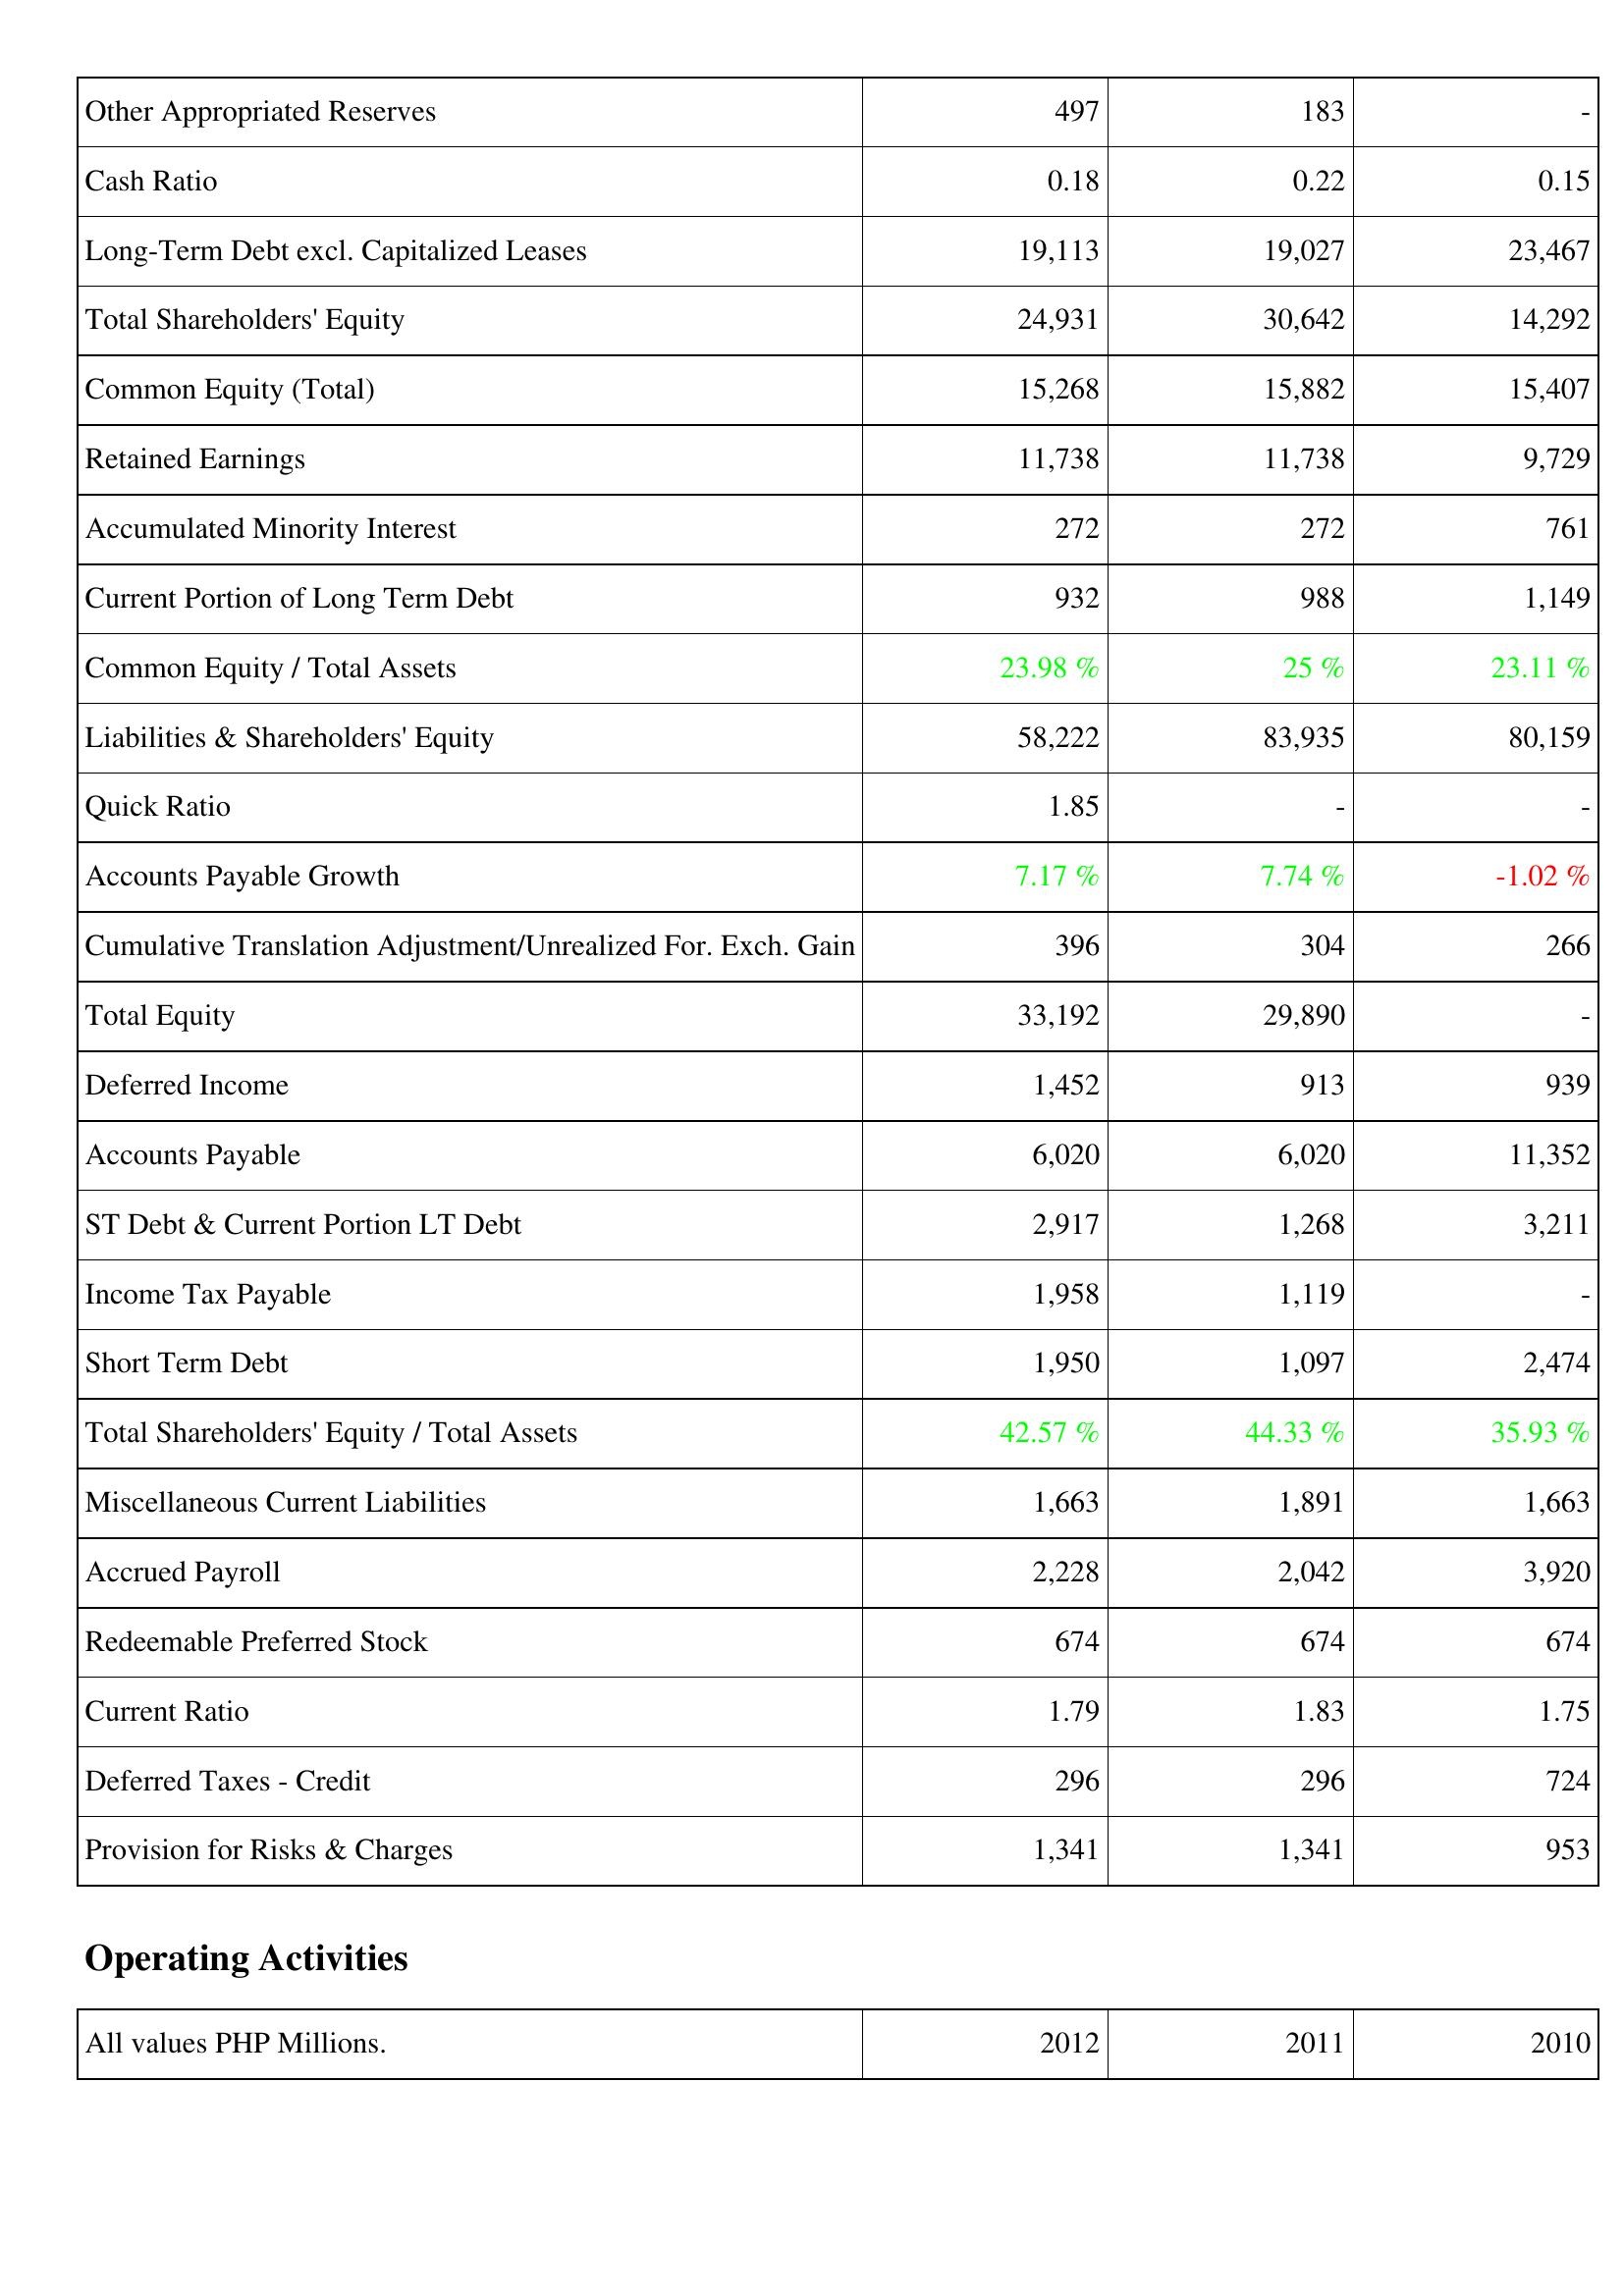
2012: Liabilities & Shareholders' Equity: Other Appropriated Reserves: 497
Cash Ratio: 0.18
Long-Term Debt excl. Capitalized Leases: 19,113
Total Shareholders' Equity: 24,931
Common Equity (Total): 15,268
Retained Earnings: 11,738
Accumulated Minority Interest: 272
Current Portion of Long Term Debt: 932
Common Equity / Total Assets: 23.98 %
Liabilities & Shareholders' Equity: 58,222
Quick Ratio: 1.85
Accounts Payable Growth: 7.17 %
Cumulative Translation Adjustment/Unrealized For. Exch. Gain: 396
Total Equity: 33,192
Deferred Income: 1,452
Accounts Payable: 6,020
ST Debt & Current Portion LT Debt: 2,917
Income Tax Payable: 1,958
Short Term Debt: 1,950
Total Shareholders' Equity / Total Assets: 42.57 %
Miscellaneous Current Liabilities: 1,663
Accrued Payroll: 2,228
Redeemable Preferred Stock: 674
Current Ratio: 1.79
Deferred Taxes - Credit: 296
Provision for Risks & Charges: 1,341
2011: Liabilities & Shareholders' Equity: Other Appropriated Reserves: 183
Cash Ratio: 0.22
Long-Term Debt excl. Capitalized Leases: 19,027
Total Shareholders' Equity: 30,642
Common Equity (Total): 15,882
Retained Earnings: 11,738
Accumulated Minority Interest: 272
Current Portion of Long Term Debt: 988
Common Equity / Total Assets: 25 %
Liabilities & Shareholders' Equity: 83,935
Quick Ratio: -
Accounts Payable Growth: 7.74 %
Cumulative Translation Adjustment/Unrealized For. Exch. Gain: 304
Total Equity: 29,890
Deferred Income: 913
Accounts Payable: 6,020
ST Debt & Current Portion LT Debt: 1,268
Income Tax Payable: 1,119
Short Term Debt: 1,097
Total Shareholders' Equity / Total Assets: 44.33 %
Miscellaneous Current Liabilities: 1,891
Accrued Payroll: 2,042
Redeemable Preferred Stock: 674
Current Ratio: 1.83
Deferred Taxes - Credit: 296
Provision for Risks & Charges: 1,341
2010: Liabilities & Shareholders' Equity: Other Appropriated Reserves: -
Cash Ratio: 0.15
Long-Term Debt excl. Capitalized Leases: 23,467
Total Shareholders' Equity: 14,292
Common Equity (Total): 15,407
Retained Earnings: 9,729
Accumulated Minority Interest: 761
Current Portion of Long Term Debt: 1,149
Common Equity / Total Assets: 23.11 %
Liabilities & Shareholders' Equity: 80,159
Quick Ratio: -
Accounts Payable Growth: -1.02 %
Cumulative Translation Adjustment/Unrealized For. Exch. Gain: 266
Total Equity: -
Deferred Income: 939
Accounts Payable: 11,352
ST Debt & Current Portion LT Debt: 3,211
Income Tax Payable: -
Short Term Debt: 2,474
Total Shareholders' Equity / Total Assets: 35.93 %
Miscellaneous Current Liabilities: 1,663
Accrued Payroll: 3,920
Redeemable Preferred Stock: 674
Current Ratio: 1.75
Deferred Taxes - Credit: 724
Provision for Risks & Charges: 953